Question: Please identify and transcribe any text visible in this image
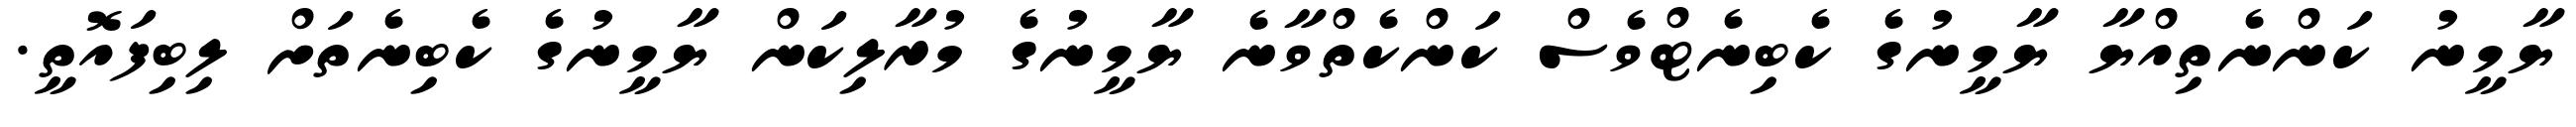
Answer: ޔާމީނު ކަންނެތިއްޔާ ޔާމީނުގެ ކެބިނެޓްވެސް ކަންކެތްވާނެ ޔާމީނުގެ މުރާލިކަން ޔާމީނުގެ ކެބިނެތަށް ލިބިފައޮތީ.